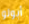
أبولو